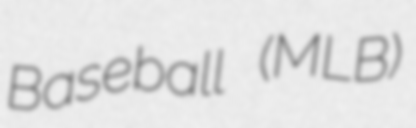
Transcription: Baseball (MLB)